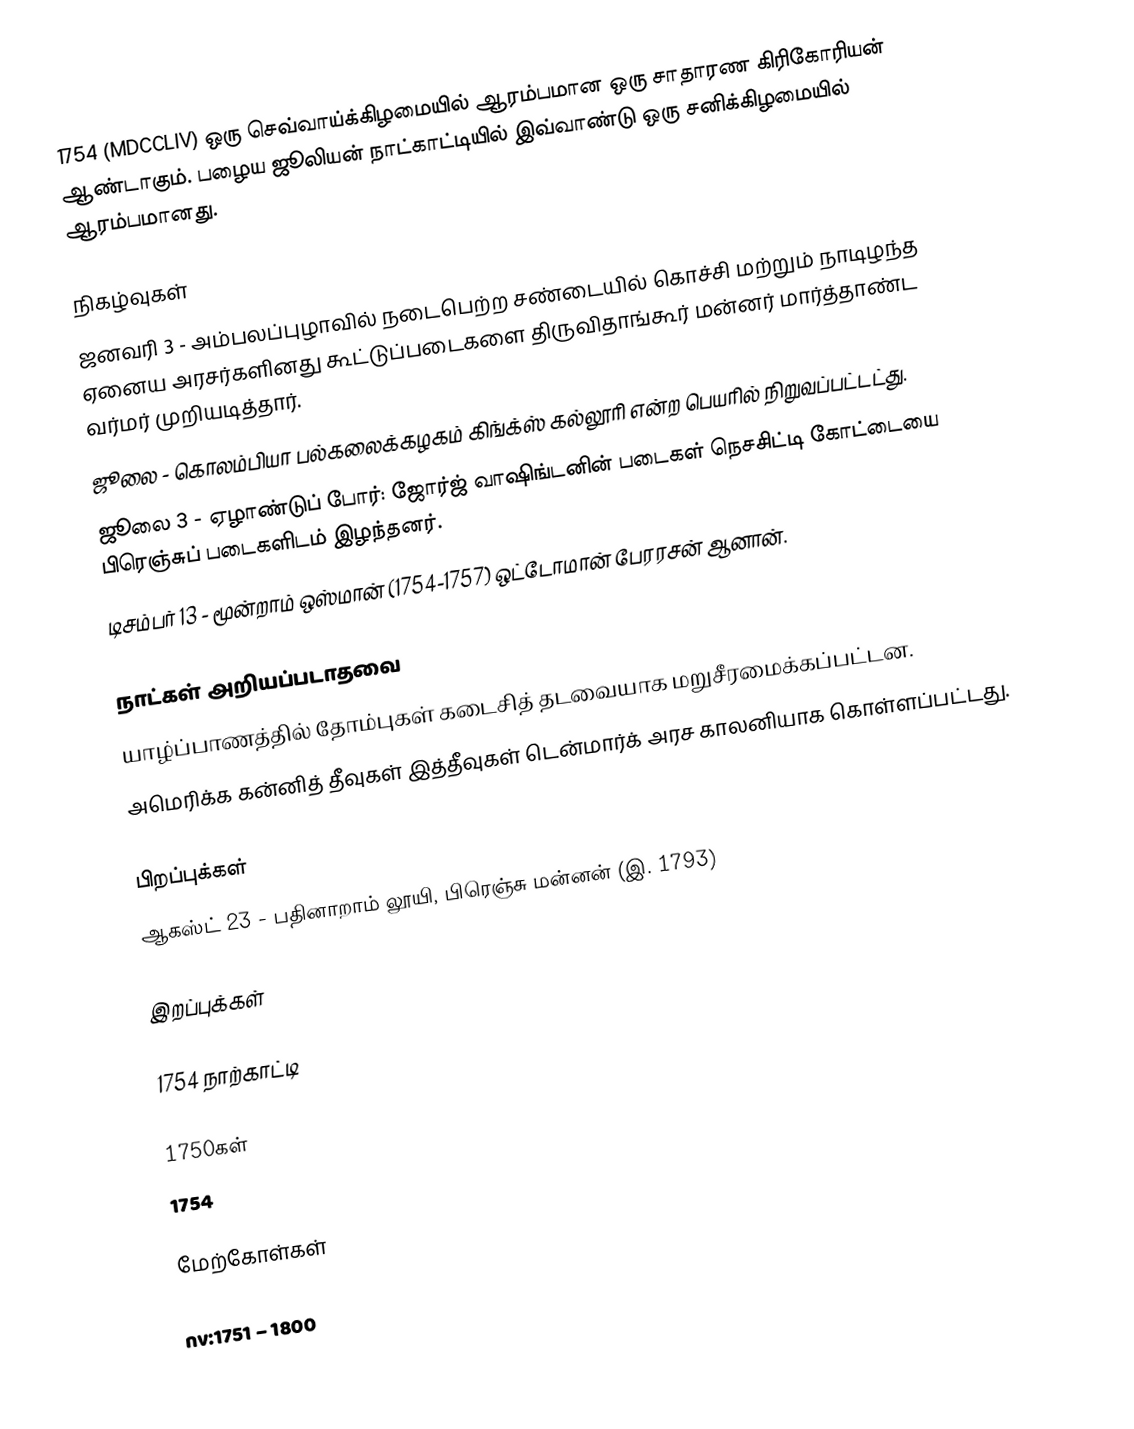
1754  (MDCCLIV) ஒரு செவ்வாய்க்கிழமையில் ஆரம்பமான ஒரு சாதாரண கிரிகோரியன் ஆண்டாகும். பழைய ஜூலியன் நாட்காட்டியில் இவ்வாண்டு ஒரு சனிக்கிழமையில் ஆரம்பமானது.

நிகழ்வுகள்
 ஜனவரி 3 - அம்பலப்புழாவில் நடைபெற்ற சண்டையில் கொச்சி மற்றும் நாடிழந்த ஏனைய அரசர்களினது கூட்டுப்படைகளை திருவிதாங்கூர் மன்னர் மார்த்தாண்ட வர்மர் முறியடித்தார்.
 ஜூலை - கொலம்பியா பல்கலைக்கழகம் கிங்க்ஸ் கல்லூரி என்ற பெயரில் நிறுவப்பட்டட்து.
 ஜூலை 3 - ஏழாண்டுப் போர்: ஜோர்ஜ் வாஷிங்டனின் படைகள் நெசசிட்டி கோட்டையை பிரெஞ்சுப் படைகளிடம் இழந்தனர்.
 டிசம்பர் 13 - மூன்றாம் ஒஸ்மான் (1754-1757) ஒட்டோமான் பேரரசன் ஆனான்.

நாட்கள் அறியப்படாதவை
 யாழ்ப்பாணத்தில் தோம்புகள் கடைசித் தடவையாக மறுசீரமைக்கப்பட்டன.
 அமெரிக்க கன்னித் தீவுகள் இத்தீவுகள் டென்மார்க் அரச காலனியாக கொள்ளப்பட்டது.

பிறப்புக்கள்
 ஆகஸ்ட் 23 - பதினாறாம் லூயி, பிரெஞ்சு மன்னன் (இ. 1793)

இறப்புக்கள்

1754 நாற்காட்டி

1750கள்
1754

மேற்கோள்கள்

nv:1751 – 1800